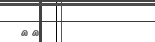
٧٠